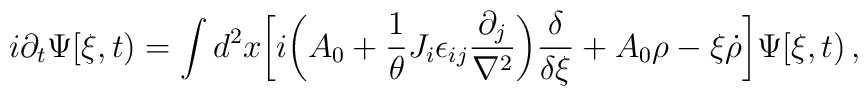
i\partial_t \Psi[\xi ,t)=\int d^2 x \biggl[i\biggl(A_0+{1\over\theta}J_i\epsilon_{ij}{\partial_j\over\nabla^2}\biggr){\delta\over\delta\xi}+ A_0\rho-\xi{\dot \rho} \biggr]\Psi[\xi,t)\,,